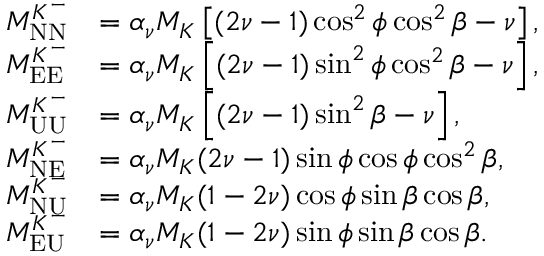
\begin{array} { r l } { M _ { \mathrm { N N } } ^ { K ^ { - } } } & { = \alpha _ { \nu } M _ { K } \left[ ( 2 \nu - 1 ) \cos ^ { 2 } \phi \cos ^ { 2 } \beta - \nu \right] , } \\ { M _ { \mathrm { E E } } ^ { K ^ { - } } } & { = \alpha _ { \nu } M _ { K } \left[ ( 2 \nu - 1 ) \sin ^ { 2 } \phi \cos ^ { 2 } \beta - \nu \right] , } \\ { M _ { \mathrm { U U } } ^ { K ^ { - } } } & { = \alpha _ { \nu } M _ { K } \left[ ( 2 \nu - 1 ) \sin ^ { 2 } \beta - \nu \right] , } \\ { M _ { \mathrm { N E } } ^ { K ^ { - } } } & { = \alpha _ { \nu } M _ { K } ( 2 \nu - 1 ) \sin \phi \cos \phi \cos ^ { 2 } \beta , } \\ { M _ { \mathrm { N U } } ^ { K ^ { - } } } & { = \alpha _ { \nu } M _ { K } ( 1 - 2 \nu ) \cos \phi \sin \beta \cos \beta , } \\ { M _ { \mathrm { E U } } ^ { K ^ { - } } } & { = \alpha _ { \nu } M _ { K } ( 1 - 2 \nu ) \sin \phi \sin \beta \cos \beta . } \end{array}